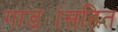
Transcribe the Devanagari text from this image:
गाड्यांसहित